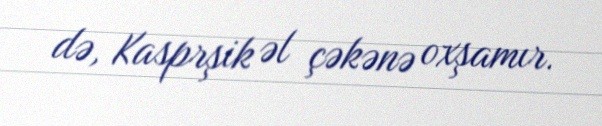
də, Kasprşik əl çəkənə oxşamır.